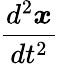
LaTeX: \frac{d^{2}{\boldsymbol{x}}}{dt^{2}}